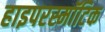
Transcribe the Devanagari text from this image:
हाइपरस्मॉटिक